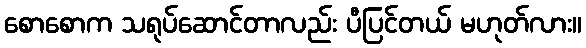
စောစောက သရုပ်ဆောင်တာလည်း ပီပြင်တယ် မဟုတ်လား။